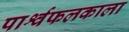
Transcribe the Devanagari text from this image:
पार्श्वफलकाला